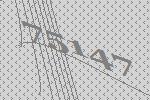
75147